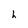
Character: h